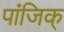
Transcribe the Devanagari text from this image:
पांजिक्